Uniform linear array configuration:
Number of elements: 4
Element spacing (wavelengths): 0.25
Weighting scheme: cosine
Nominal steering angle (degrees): -15
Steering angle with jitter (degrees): -16.969
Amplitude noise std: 0.05
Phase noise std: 0.05

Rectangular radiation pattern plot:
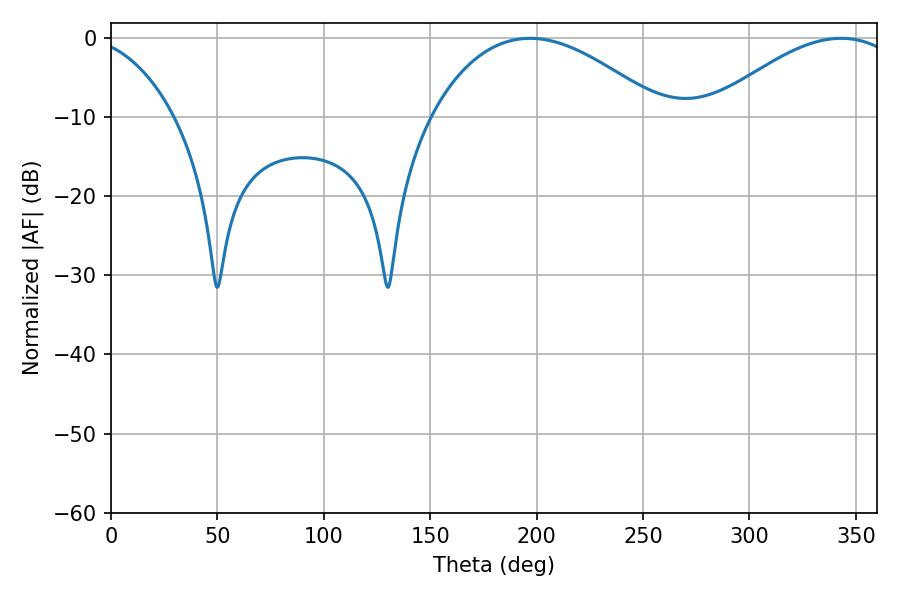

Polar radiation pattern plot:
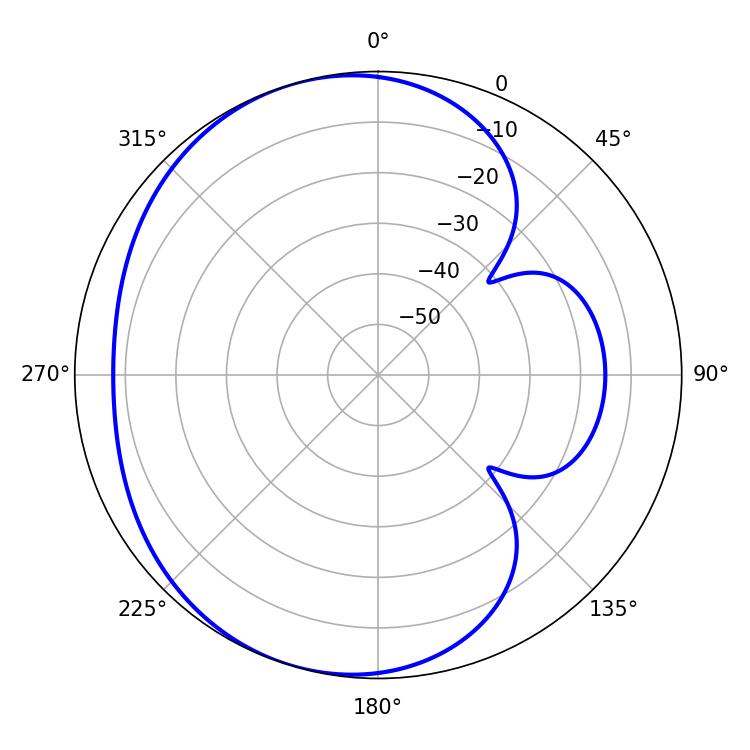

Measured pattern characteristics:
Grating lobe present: FALSE
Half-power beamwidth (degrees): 60.12
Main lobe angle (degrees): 196.92